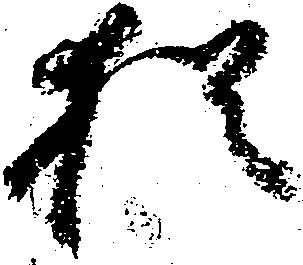
猶